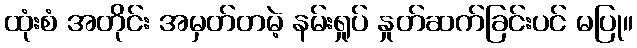
ထုံးစံ အတိုင်း အမှတ်တမဲ့ နမ်းရှုပ် နှုတ်ဆက်ခြင်းပင် မပြု။